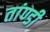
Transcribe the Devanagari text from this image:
तांण्डी